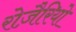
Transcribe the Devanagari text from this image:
रोज़ैरियो